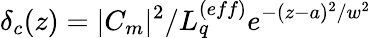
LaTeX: \delta_{c}(z)=|C_{m}|^{2}/L_{q}^{(eff)}e^{-(z-a)^{2}/w^{2}}